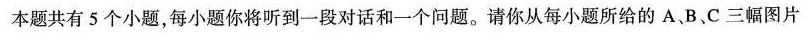
本题共有5个小题，每小题你将听到一段对话和一个问题。请你从每小题所给的A、B、C三幅图片